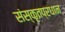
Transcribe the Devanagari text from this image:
संस्कृतप्रधान